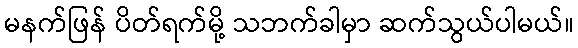
မနက်ဖြန် ပိတ်ရက်မို့ သဘက်ခါမှာ ဆက်သွယ်ပါမယ်။